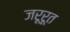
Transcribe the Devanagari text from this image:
जरूरूत